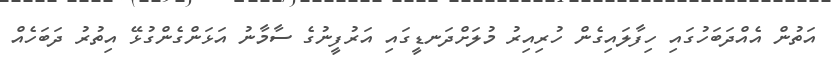
އަތުން އެއްދަބަހުގައި ހިފާލައިގެން ހުރިއިރު މުލަށްދަނޑީގައި އަރުފީނުގެ ސާމާނު އަޅަންގެންގުޅޭ އިތުރު ދަބަހެއް